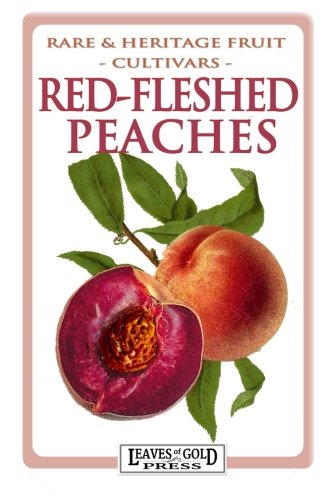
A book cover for Red-Fleshed Peaches (Rare and Heritage Fruit Cultivars) (Volume 29); C Thornton; Cookbooks, Food & Wine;